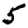
Digit: 5